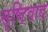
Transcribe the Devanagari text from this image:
सृष्टिवाद